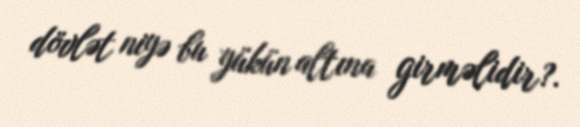
dövlət niyə bu yükün altına girməlidir?.